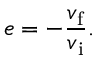
e = - { \frac { v _ { \mathrm { f } } } { v _ { \mathrm { i } } } } .